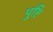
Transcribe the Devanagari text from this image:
पु्ष्टि